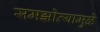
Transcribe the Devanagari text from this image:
समझोत्यामुळे